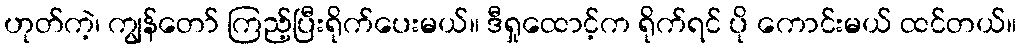
ဟုတ်ကဲ့၊ ကျွန်တော် ကြည့်ပြီးရိုက်ပေးမယ်။ ဒီရှုထောင့်က ရိုက်ရင် ပို ကောင်းမယ် ထင်တယ်။